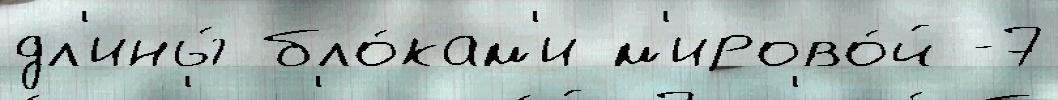
дл'ины́ бло́кам'и м'ирово́й -7